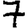
Digit: 7